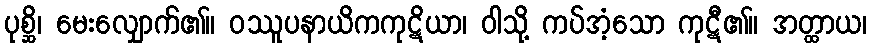
ပုစ္ဆိ၊ မေးလျှောက်၏။ ဝဿူပနာယိကကုဋိယာ၊ ဝါသို့ ကပ်အံ့သော ကုဋီ၏။ အတ္ထာယ၊